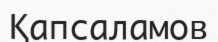
Қапсаламов